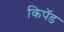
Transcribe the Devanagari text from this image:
किपॅड